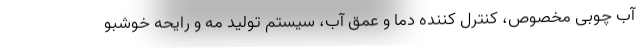
آب چوبی مخصوص، کنترل کننده دما و عمق آب، سیستم تولید مه و رایحه خوشبو